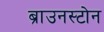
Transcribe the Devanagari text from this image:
ब्राउनस्टोन